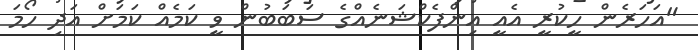
"އަހަރެން ހީކުރީ އެއީ އިންފެކްޝަނެއްގެ ސަބަބުން ވީ ކަމެއް ކަމަށް އަދި ހޯމަ